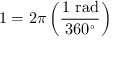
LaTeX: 1 = 2 \pi \left( { \frac { 1 { \mathrm { ~ r a d } } } { 3 6 0 ^ { \circ } } } \right)